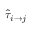
\hat { \tau } _ { i \rightarrow j }